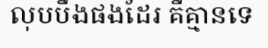
លុបបឹងផងដែរ គឺគ្មានទេ